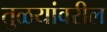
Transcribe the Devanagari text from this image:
तुळयांवरील